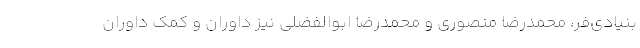
بنیادی‌فر، محمدرضا منصوری و محمدرضا ابوالفضلی نیز داوران و کمک داوران